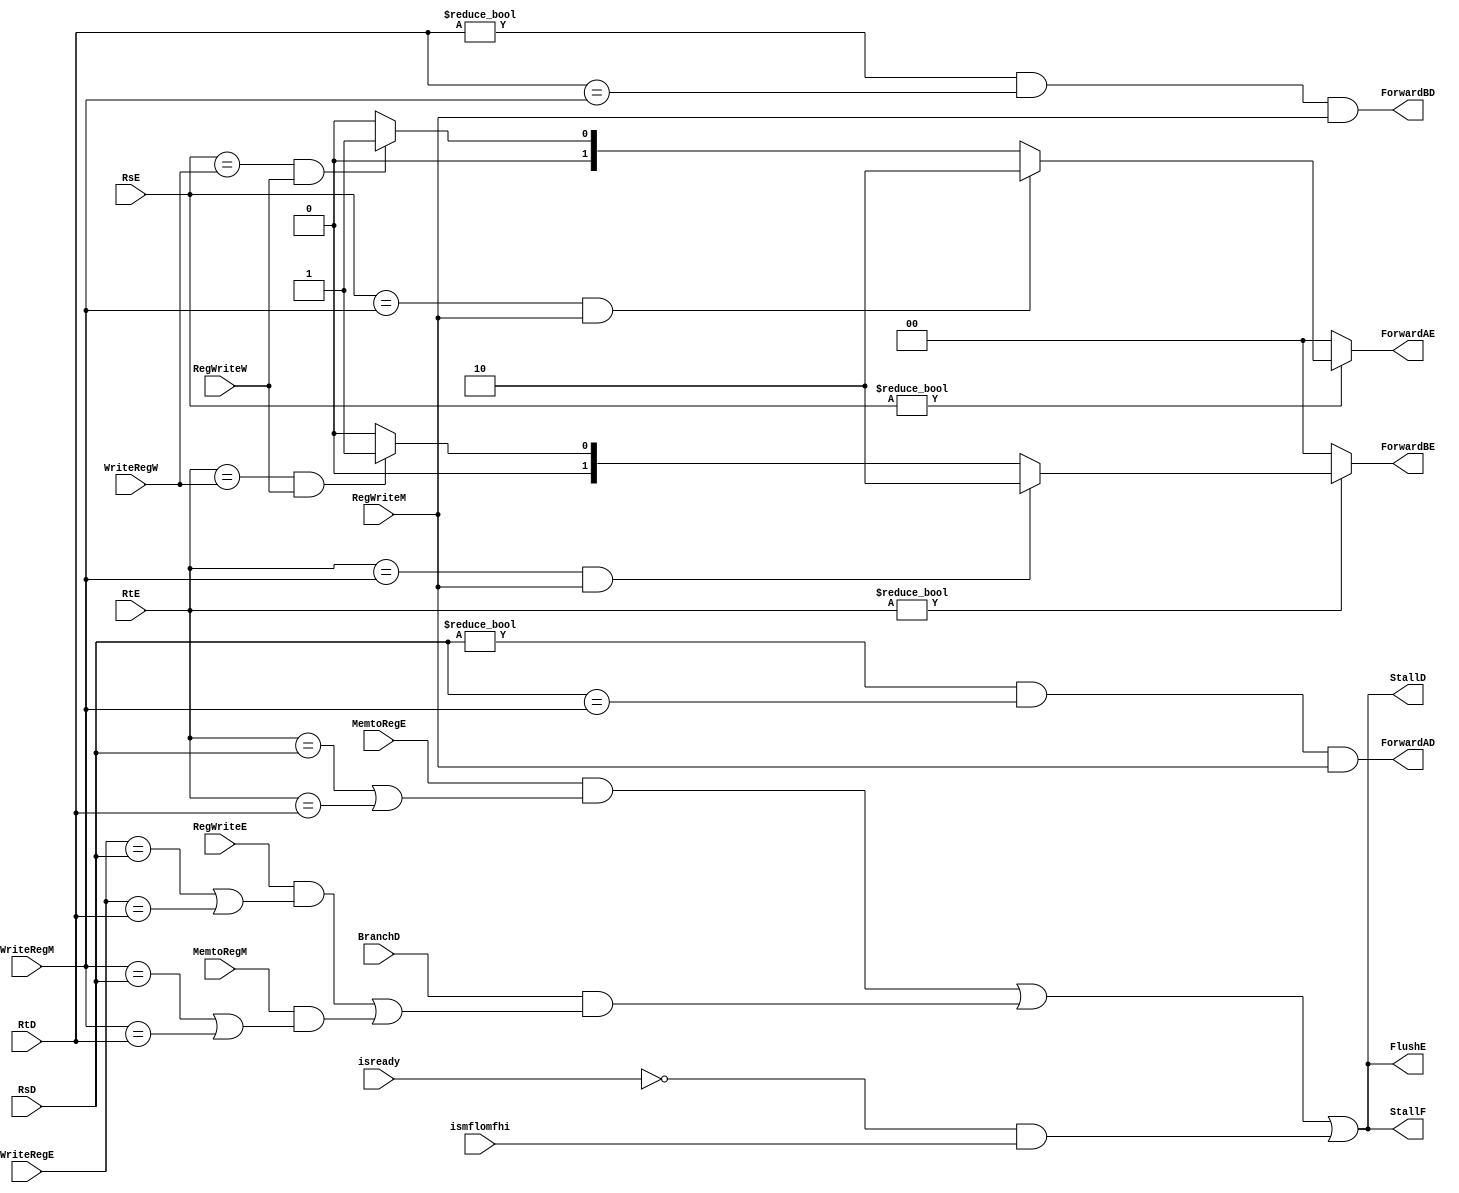
module hazard_unit(input isready, /*input [11:0] opfunc,*/input ismflomfhi,
		input [4:0] RsD,  RtD,  RsE, RtE,
		input BranchD, input [4:0] WriteRegE, input MemtoRegE, RegWriteE,
		input [4:0] WriteRegM, input MemtoRegM, RegWriteM,
		input [4:0] WriteRegW, input RegWriteW,
		output StallF, StallD, ForwardAD, ForwardBD, FlushE, 
		output reg [1:0] ForwardAE, ForwardBE);
	
	wire lwstallD, branchstallD;
	// forwarding sources to D stage (branch equality)
	assign ForwardAD = (RsD != 0 & RsD == WriteRegM & RegWriteM) ;
	assign ForwardBD = (RtD != 0 & RtD == WriteRegM & RegWriteM);
	// forwarding sources to E stage (ALU)

	//wire ismflomfhi;
	//assign ismflomfhi = ((opfunc[11:1] == 11'b00000001001)) /*| (opfunc[11:1] == 11'b00000001100)*/;
	always @* begin
		ForwardAE <= 2'b00; 
		ForwardBE <= 2'b00; 
		if (RsE != 0) begin
			if (RsE == WriteRegM & RegWriteM) begin
				ForwardAE <= 2'b10;
			end
			else if (RsE == WriteRegW & RegWriteW) begin
				ForwardAE <= 2'b01;
			end
		end
		if (RtE != 0) begin
			if (RtE == WriteRegM & RegWriteM) begin
				ForwardBE <= 2'b10;
			end
			else if (RtE == WriteRegW & RegWriteW) begin
				ForwardBE <= 2'b01; 
			end
		end
	end
	// stalls
	assign  lwstallD = MemtoRegE & (RtE == RsD | RtE == RtD);
	
	assign branchstallD = BranchD & 
		(RegWriteE & 
		(WriteRegE == RsD | WriteRegE == RtD) |
		MemtoRegM &
		(WriteRegM == RsD | WriteRegM == RtD));

	assign StallD = lwstallD | branchstallD | ((~isready) & ismflomfhi);
	assign StallF = StallD;
	// stalling D stalls all previous stages
	assign FlushE = StallD;
	// stalling D flushes next stage
	
endmodule